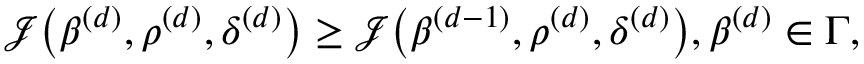
\begin{array} { r } { \mathcal { J } \big ( \boldsymbol { \beta } ^ { ( d ) } , \boldsymbol { \rho } ^ { ( d ) } , \boldsymbol { \delta } ^ { ( d ) } \big ) \ge \mathcal { J } \big ( \boldsymbol { \beta } ^ { ( d - 1 ) } , \boldsymbol { \rho } ^ { ( d ) } , \boldsymbol { \delta } ^ { ( d ) } \big ) , \boldsymbol { \beta } ^ { ( d ) } \in \boldsymbol { \Gamma } , } \end{array}